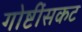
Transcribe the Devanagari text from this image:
गोष्टींसकट